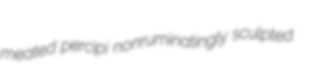
meated percipi nonruminatingly sculpted